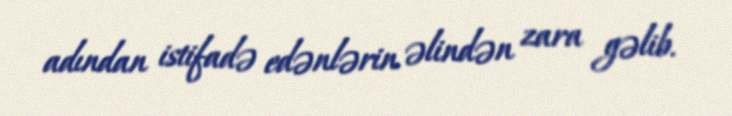
adından istifadə edənlərin əlindən zara gəlib.